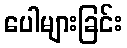
ပေါများခြင်း